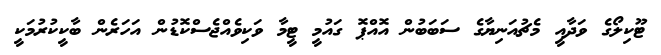
ޓޫކިލޯގެ ވަދާއީ މެޗުއަނިޔާގެ ސަބަބުން އޮއްޕޮ ގައުމީ ޓީމާ ވަކިވެއްޖެސްކޮޑުން އަހަރެން ބާކީކުރުމަކީ